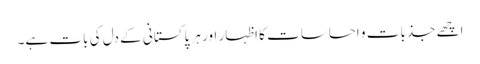
اچھے جذبات و احساسات کا اظہار اور ہر پاکستانی کے دل کی بات ہے۔